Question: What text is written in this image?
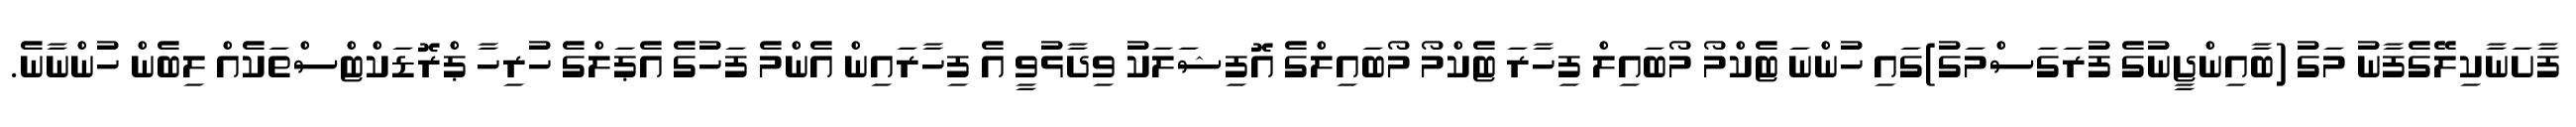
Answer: ފާށަނާކިލޭގެފާނު މަގު (ބާއިންޖީނުގެ ފުރަގަސްމަގު)ގައި ހުންނަ ޓެކްމޯ މޯބައިލް ފިހާރަ ޓެކްމޯ މޯބައިލްގެ އޮފިޝަލަކު ވިދާޅުވީ އެ ފިހާރައިން އެންމެ ފަހުގެ އެޕަލްގެ ހުރިހާ ޕްރޮޑަކްޓްސްތަކެއް ލިބެން ހުންނާނެ.